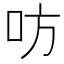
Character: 㕫